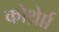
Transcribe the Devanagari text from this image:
कोर्थ्रेाा